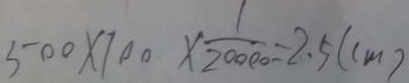
5 0 0 \times 1 0 0 \times \frac { 1 } { 2 0 0 0 0 } = 2 . 5 ( c m )